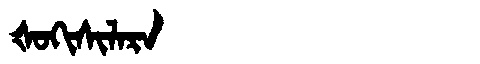
Manchu: ᡧᠣᡴᡳᠰᡳᠯᠠᡵᠠ
Romanization: ŠOKISILARA